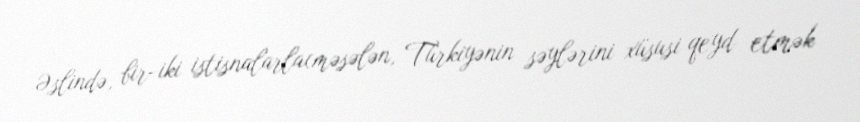
Əslində, bir-iki istisnalarla(məsələn, Türkiyənin səylərini xüsusi qeyd etmək